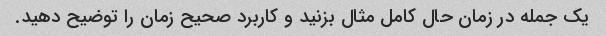
یک جمله در زمان حال کامل مثال بزنید و کاربرد صحیح زمان را توضیح دهید.